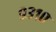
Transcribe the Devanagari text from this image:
९३१०